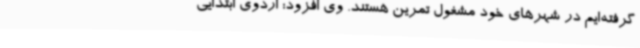
گرفته‌ایم در شهرهای خود مشغول تمرین هستند. وی افزود: اردوی ابتدایی